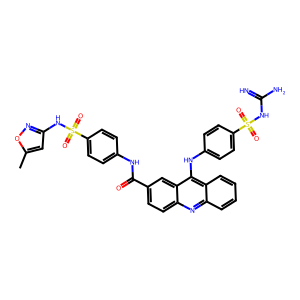
SMILES: Cc1cc(NS(=O)(=O)c2ccc(NC(=O)c3ccc4nc5ccccc5c(Nc5ccc(S(=O)(=O)NC(=N)N)cc5)c4c3)cc2)no1
Inhibits HIV replication: No